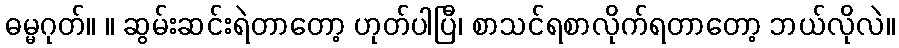
ဓမ္မဂုတ်။ ။ ဆွမ်းဆင်းရဲတာတော့ ဟုတ်ပါပြီ၊ စာသင်ရစာလိုက်ရတာတော့ ဘယ်လိုလဲ။